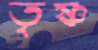
তৃষ্ণ